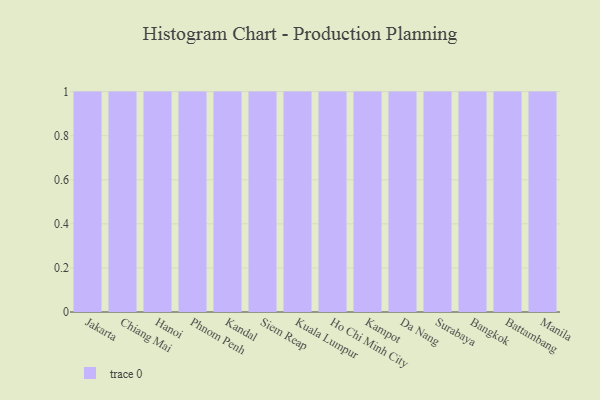
{"axis": {"x": "City", "y": "Revenue (USD Million)"}, "legend": [""], "data": [{"x": "Jakarta", "y": 62, "type": ""}, {"x": "Chiang Mai", "y": 81, "type": ""}, {"x": "Hanoi", "y": 62, "type": ""}, {"x": "Phnom Penh", "y": 73, "type": ""}, {"x": "Kandal", "y": 76, "type": ""}, {"x": "Siem Reap", "y": 40, "type": ""}, {"x": "Kuala Lumpur", "y": 63, "type": ""}, {"x": "Ho Chi Minh City", "y": 47, "type": ""}, {"x": "Kampot", "y": 28, "type": ""}, {"x": "Da Nang", "y": 72, "type": ""}, {"x": "Surabaya", "y": 33, "type": ""}, {"x": "Bangkok", "y": 70, "type": ""}, {"x": "Battambang", "y": 93, "type": ""}, {"x": "Manila", "y": 24, "type": ""}]}